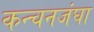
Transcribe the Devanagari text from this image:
कन्चनजंघा